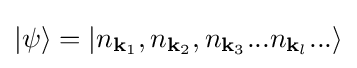
|\psi \rangle =\left|n_{\mathbf {k} _{1}},n_{\mathbf {k} _{2}},n_{\mathbf {k} _{3}}...n_{\mathbf {k} _{l}}...\right\rangle